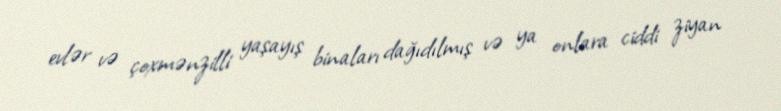
evlər və çoxmənzilli yaşayış binaları dağıdılmış və ya onlara ciddi ziyan